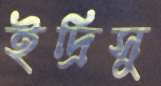
ইদ্রিসু